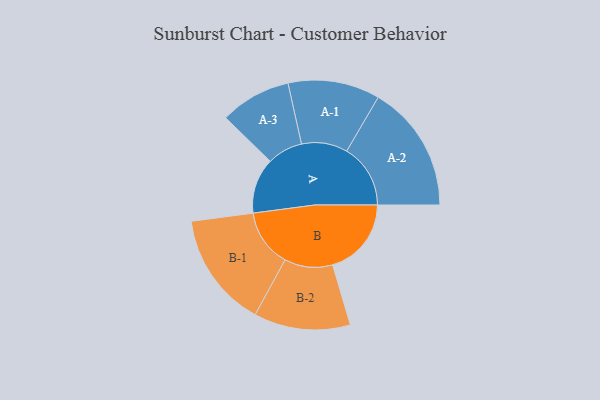
{"axis": {"x": "Segment", "y": "Value"}, "legend": ["", "A", "B"], "data": [{"x": "A", "y": 245, "type": ""}, {"x": "B", "y": 348, "type": ""}, {"x": "A-1", "y": 203, "type": "A"}, {"x": "A-2", "y": 282, "type": "A"}, {"x": "A-3", "y": 157, "type": "A"}, {"x": "B-1", "y": 255, "type": "B"}, {"x": "B-2", "y": 213, "type": "B"}]}